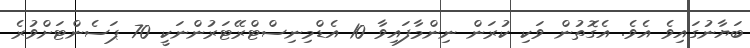
ބަޔާނުގައިވެ އެވެ. އެގޮތުން ވަކި ކުރަން ނިންމާފައިވާ 10 އެޑްމިނިސްޓްރޭޓަރުންނަކީ 70 ޕަސެންޓަށްވުރެ